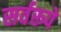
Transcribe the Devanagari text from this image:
सर्वरूपे